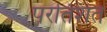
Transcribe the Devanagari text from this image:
परतिशत